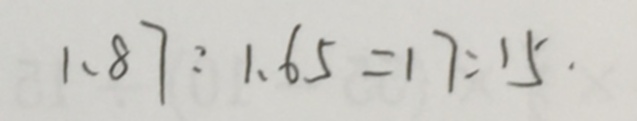
1 . 8 7 : 1 . 6 5 = 1 7 : 1 5 .